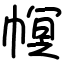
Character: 幎